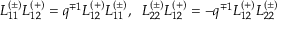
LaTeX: L _ { 1 1 } ^ { ( \pm ) } L _ { 1 2 } ^ { ( + ) } = q ^ { \mp 1 } L _ { 1 2 } ^ { ( + ) } L _ { 1 1 } ^ { ( \pm ) } , \; \; L _ { 2 2 } ^ { ( \pm ) } L _ { 1 2 } ^ { ( + ) } = - q ^ { \mp 1 } L _ { 1 2 } ^ { ( + ) } L _ { 2 2 } ^ { ( \pm ) }